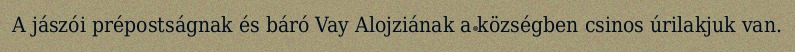
A jászói prépostságnak és báró Vay Alojziának a községben csinos úrilakjuk van.